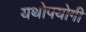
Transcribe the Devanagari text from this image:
यथोपयोगी